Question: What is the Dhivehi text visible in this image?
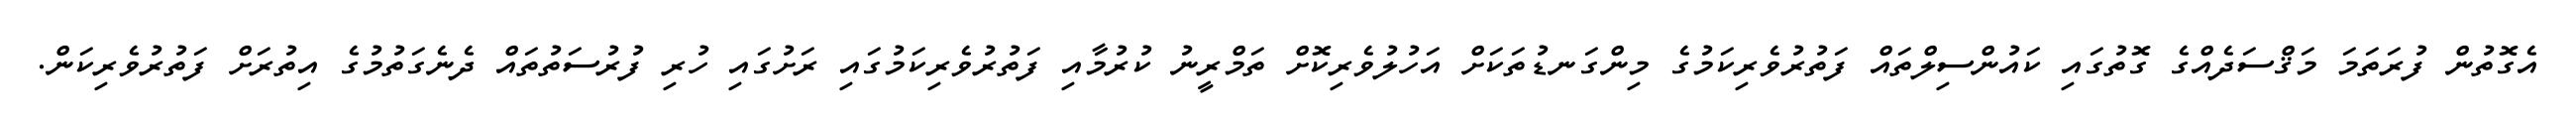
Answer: އެގޮތުން ފުރަތަމަ މަޤްސަދެއްގެ ގޮތުގައި ކައުންސިލްތައް ފަތުރުވެރިކަމުގެ މިންގަނޑުތަކަށް އަހުލުވެރިކޮށް ތަމްރީނު ކުރުމާއި ފަތުރުވެރިކަމުގައި ރަށުގައި ހުރި ފުރުސަތުތައް ދެނެގަތުމުގެ އިތުރަށް ފަތުރުވެރިކަން.